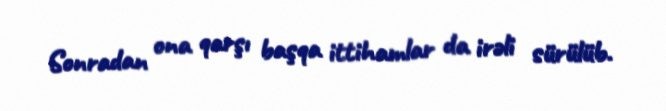
Sonradan ona qarşı başqa ittihamlar da irəli sürülüb.